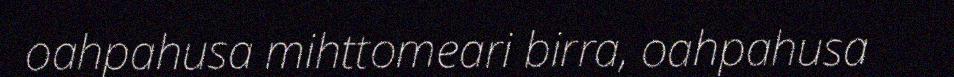
oahpahusa mihttomeari birra, oahpahusa